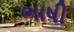
ભાષી